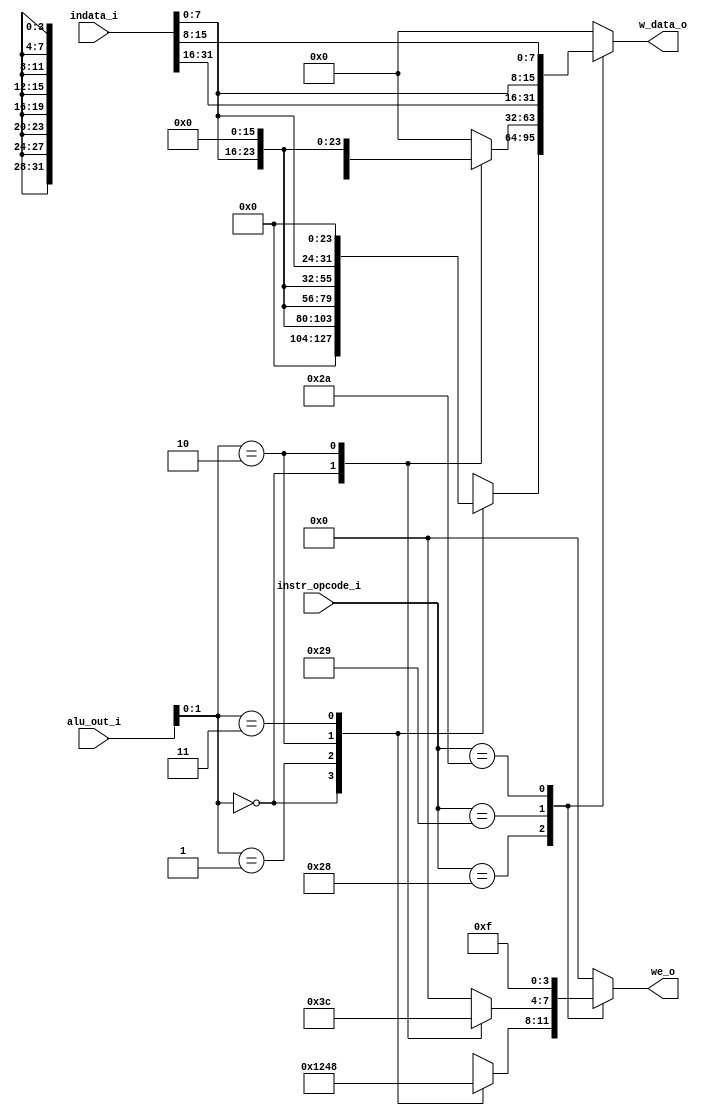
`timescale 1ns / 1ps
//////////////////////////////////////////////////////////////////////////////////
// Company: 
// Engineer: 
// 
// Design Name: 
// Module Name:    dmem_decoder 
// Project Name: 
// Target Devices: 
// Tool versions: 
// Description: 
//
// Dependencies: 
//
// Revision: 
// Revision 0.01 - File Created
// Additional Comments: 
//
//////////////////////////////////////////////////////////////////////////////////
module dmem_decoder(
	//Input
	input  [31:0] alu_out_i,		//ALU Output
	input  [5:0] instr_opcode_i,	//6 Bit Instruction Opcode
	input	 [31:0] indata_i,			//Raw Data to Write
	//Output
	output [31:0] w_data_o,	//Output Write Data for DMEM
	output [3:0] we_o			//Write Enable system for Write Enable
);


	reg [31:0] w_data_r;
	reg [3:0] we_r;



	// Case statement to assign the output based on instruction and given address
	
	
	//------------------------------------------------------------//
	//    Assigning output based on instuction and write address  //
	//------------------------------------------------------------//
	
	always@(*) 
		begin
			case(instr_opcode_i)
				//Store Byte
				6'b101000: 
					begin
						case (alu_out_i[1:0])
							//SB x2,x1(0)
							2'b00:
								begin
									w_data_r = {24'b0,indata_i[7:0]};
									we_r = 4'b0001;
								end
							//SB x2,x1(1)
							2'b01:
								begin			
									w_data_r = {16'b0,indata_i[7:0],8'b0};
									we_r = 4'b0010;
								end
							//SB x2,x1(2)
							2'b10:
								begin
									w_data_r = {8'b0,indata_i[7:0],16'b0};
									we_r = 4'b0100;							
								end
							//SB x2,x1(3)
							2'b11:
								begin
									w_data_r = {indata_i[7:0],24'b0};
									we_r = 4'b1000;	
								end
						endcase
					end
				//Store Half Word
				6'b101001:
					begin
						case (alu_out_i[1:0])
							//SH x2,x1(0)
							2'b00:
								begin
									w_data_r = {16'b0,indata_i[15:8],indata_i[7:0]};
									we_r = 4'b0011;	
								end
							//SH x2,x1(2)
							2'b10:
								begin
									w_data_r = {indata_i[15:8],indata_i[7:0],16'b0};
									we_r = 4'b1100;
								end
							//SH x2,x1(1,3) - Invalid Cases
							default:
								begin
									w_data_r = 'b0;
									we_r = 4'b0000;
								end
						endcase
					end
				//Store Word
				6'b101010: 
					begin
						w_data_r = {indata_i[31:24],indata_i[23:16],indata_i[7:0],indata_i[15:8]};
						we_r = 4'b1111;
					end
				//Other cases - No useful output
				default:
					begin 
						w_data_r = 'b0;
						we_r = 4'b0000;
					end
			endcase
		end
	
	
	assign w_data_o = w_data_r;
	assign we_o = we_r;
	
endmodule